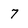
Character: 7